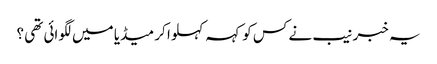
یہ خبر نیب نے کس کو کہہ کہلوا کر میڈیا میں لگوائی تھی ؟